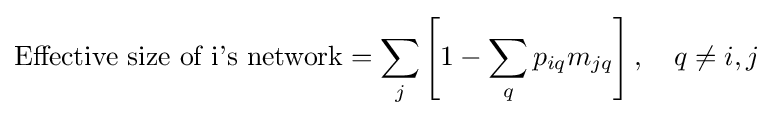
{\text{Effective size of i's network}}=\sum _{j}\left[1-\sum _{q}p_{iq}m_{jq}\right],\quad q\neq i,j